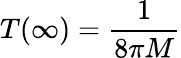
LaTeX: T(\infty)={\frac{1}{8\pi M}}